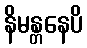
နိမန္တနေပိ